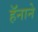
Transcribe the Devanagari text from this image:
हॅनाने